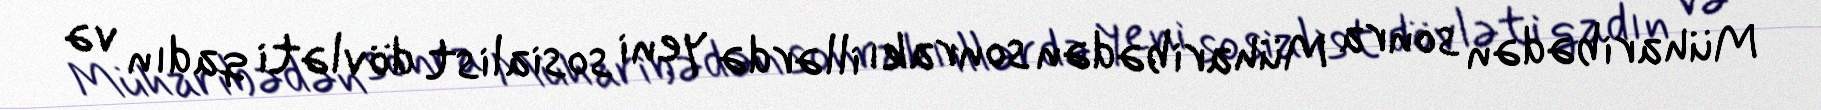
Müharibədən sonra Müharibədən sonrakı illərdə yeni sosialist dövləti qadın və